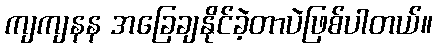
ကျကျနန အခြေချနိုင်ခဲ့တာပဲဖြစ်ပါတယ်။